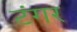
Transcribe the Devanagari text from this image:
टंगर